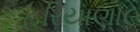
હરિયાણા૯